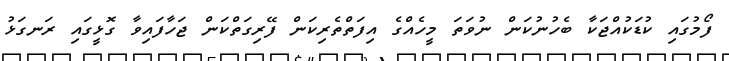
ފޯމުގައި ކުޑަކުއްޖަކާ ބެހުނުކަން ނުވަތަ މީހެއްގެ އިފަތްތެރިކަން ފޭރިގަތްކަން ޖަހާފައިވާ ގޮޅީގައި ރަނގަޅު